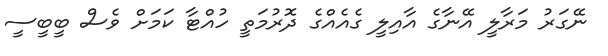
ނޭގަރު މަރާލީ އޭނާގެ އާއިލީ ގެއެއްގެ ދޮރުމަތީ ހުއްޓާ ކަމަށް ވެސް ބީބީސީ